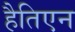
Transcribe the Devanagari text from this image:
हैतिएन